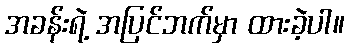
အခန်းရဲ့ အပြင်ဘက်မှာ ထားခဲ့ပါ။